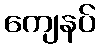
ကျေနပ်